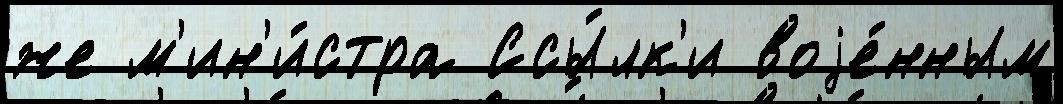
же м'ин'и́стра Ссы́лк'и воjе́нным